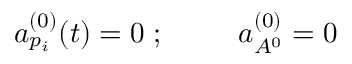
a _ { p _ { i } } ^ { ( 0 ) } ( t ) = 0 \; ; \; \; \; \; \; \; \; \; \; a _ { A ^ { 0 } } ^ { ( 0 ) } = 0